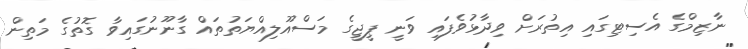
ނާޒިމްގެ އެސިޓިގައި އިތުރަށް ވިދާޅުވެފައި ވަނީ ޕީޖީގެ މަސްއޫލިއްޔަތުތައް ގާނޫނުގައިވާ ގޮތުގެ މަތިން